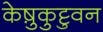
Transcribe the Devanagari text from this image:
केष़ुकुट्टुवन